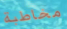
مخاطبة